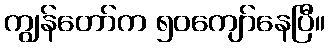
ကျွန်တော်က ၅၀ကျော်နေပြီ။